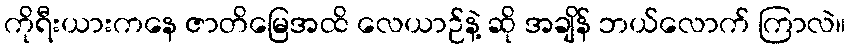
ကိုရီးယားကနေ ဇာတိမြေအထိ လေယာဉ်နဲ့ ဆို အချိန် ဘယ်လောက် ကြာလဲ။